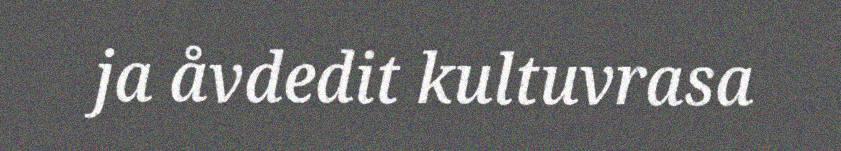
ja åvdedit kultuvrasa